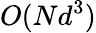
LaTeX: O(Nd^{3})